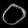
Digit: ၀